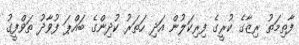
ފާތިމަތު ރިޒާގެ ކުރީގެ ފިރިކަލުން އަދި ހަތަރު ކުދިންގެ ބައްޕަ ފުުވާދު ތަވްފީގު